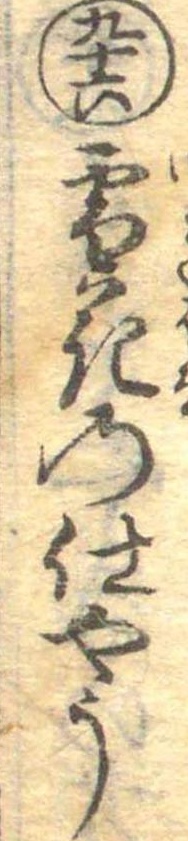
九十六雪花の仕やう